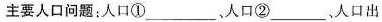
主要人口问题：人口④_____人口②_____人口出